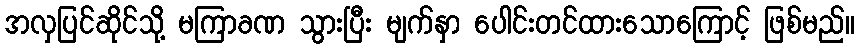
အလှပြင်ဆိုင်သို့ မကြာခဏ သွားပြီး မျက်နှာ ပေါင်းတင်ထားသောကြောင့် ဖြစ်မည်။